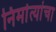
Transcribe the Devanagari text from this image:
निर्मात्यांचा